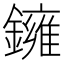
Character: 𬬑